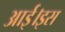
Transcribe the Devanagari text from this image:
आई।इस